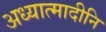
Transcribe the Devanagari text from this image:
अध्यात्मादीनि